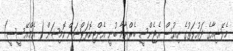
މެލޭޝިއާގެ ދައުލަތުގެ ނިއުސް އެޖެންސީ ބެރްނާމާ ބުނީ އެންޓިކޮރަޕްޝަން ކޮމިޝަން ( އެމްއޭސީސީ)